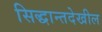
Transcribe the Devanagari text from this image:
सिद्धान्तदेखील